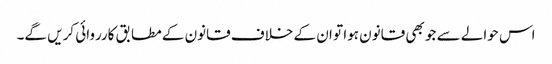
اس حوالے سے جو بھی قانون ہوا تو ان کے خلاف قانون کے مطابق کارروائی کریں گے۔